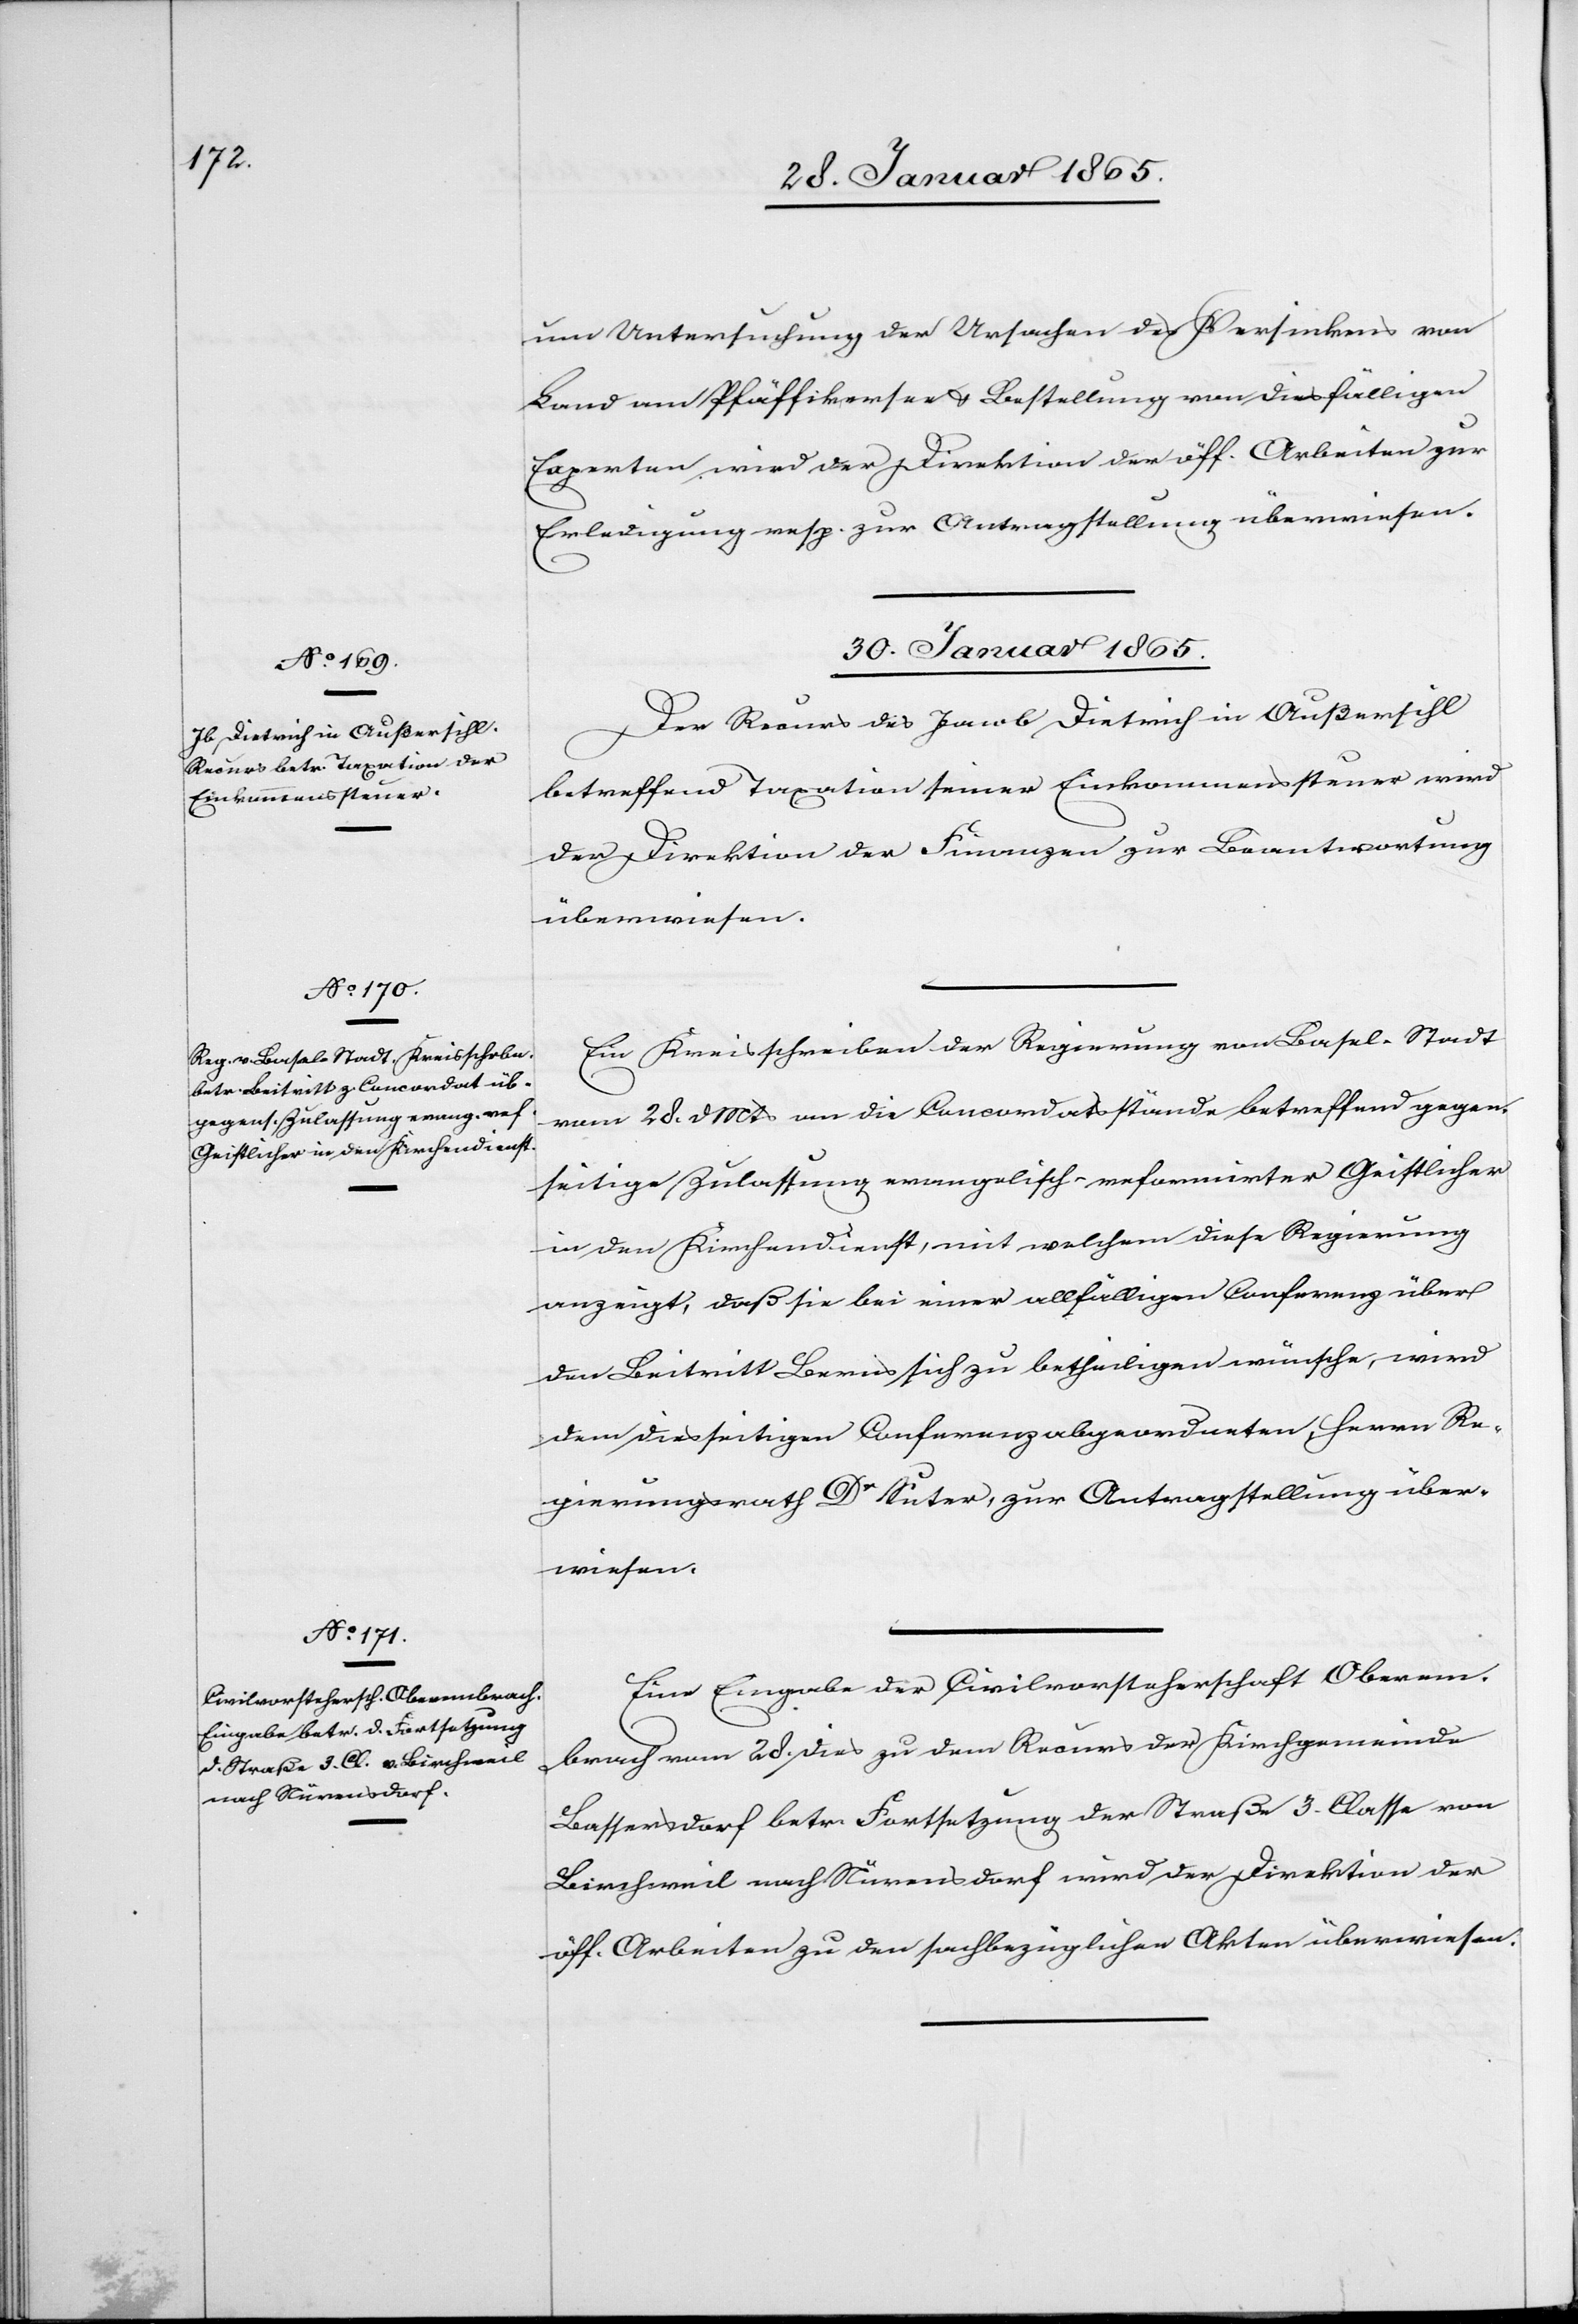
um Untersuchung der Ursachen des Versinkens von
Land am Pfäffikersee u. Bestellung von diesfälligen
Experten wird der Direktion der öff. Arbeiten zur
Erledigung resp. zur Antragstellung überwiesen.
30. Januar 1865.]
Der Recurs des Jacob Dietrich in Außersihl
betreffend Taxation seiner Einkommenssteuer wird
der Direktion der Finanzen zur Beantwortung
überwiesen.
Ein Kreisschreiben der Regierung von Basel-Stadt
vom 28. d Mts an die Concordatsstände betreffend gegen¬
seitige Zulassung evangelisch-reformirter Geistlicher
in den Kirchendienst, mit welchem diese Regierung
anzeigt, daß sie bei einer allfälligen Conferenz über
den Beitritt Berns sich zu betheiligen wünsche, wird
dem diesseitigen Conferenzabgeordneten, Herrn Re¬
gierungsrath Dr Suter, zur Antragstellung über¬
wiesen.
Eine Eingabe der Civilvorsteherschaft Oberem¬
brach vom 28. dies zu dem Recurs der Kirchgemeinde
Bassersdorf betr. Fortsetzung der Straße 3. Classe von
Birchweil nach Nürensdorf wird der Direktion der
öff. Arbeiten zu den sachbezüglichen Akten überwiesen.